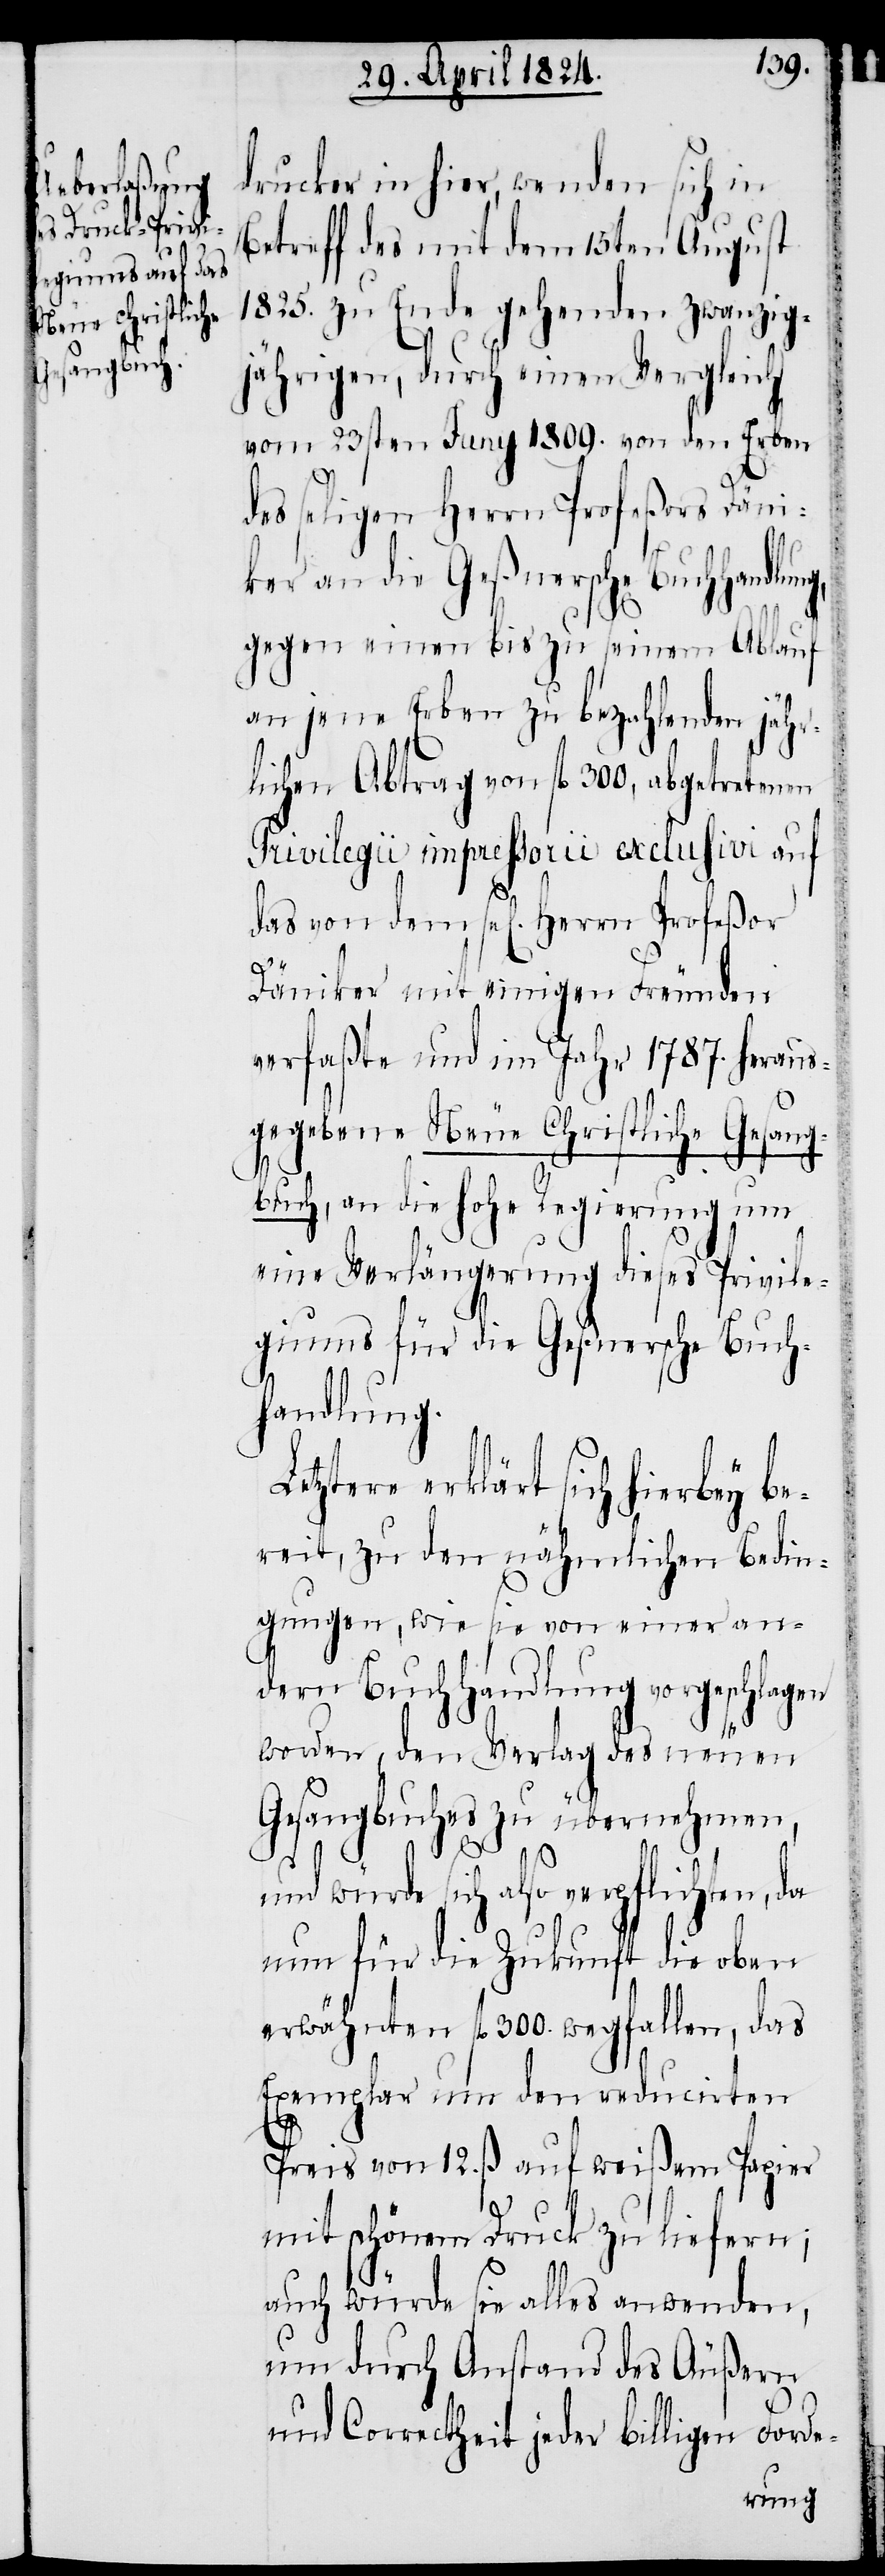
drucker in hier, wenden sich in
Betreff des mit dem 15ten August
1825. zu Ende gehenden zwanzig¬
jährigen, durch einen Vergleich
vom 23sten Juny 1809. von den Erben
dem sel[igen] Herrn Profeßor
ker an die Geßnersche Buch¬
gegen einen bis zu seinem Ablauf
an jene Erben zu bezahlenden jähr¬
lichen Abtrag von fl. 300, abgetretenen
Privilegii impressorii exclusivi auf
Däniker mit einigen Freunden
verfaßte und im Jahr 1787. heraus¬
gegebene Neue Christliche Gesang¬
buch, an die hohe Regierung um
eine Verlängerung dieses Privile¬
giums für die Geßnersche Buch¬
handlung.
etztere erklärt sich hiebey be¬
reit, zu den nähmlichen Bedin¬
gungen, wie sie von einer an¬
dern Buchhandlung vorgeschlagen
worden, den Verlag des neuen
Gesangbuches zu übernehmen,
sich also verpflichten, da
nun für die Zukunft die oben
erwähnten fl. 300. wegfallen, das
Exemplar um den reducirten
Preis von 12. ß. auf weißen Papier
mit schönem Druck zu liefern;
auch würde sie alles anwenden,
um durch Anstand des Äußern
und Correctheit jeder billigen Forde-

L¬